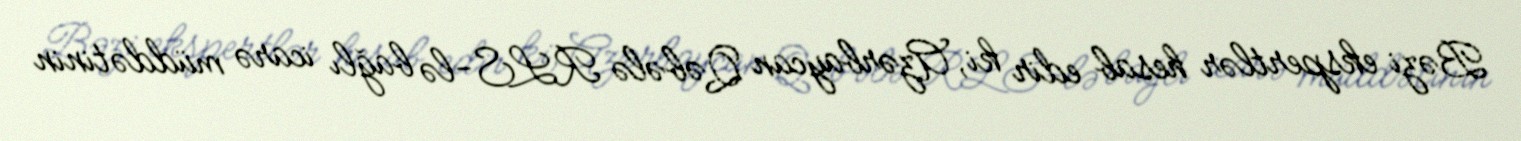
Bəzi ekspertlər hesab edir ki, Azərbaycan Qəbələ RLS-lə bağlı icarə müddətinin